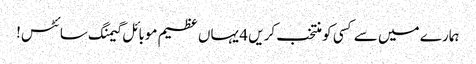
ہمارے میں سے کسی کو منتخب کریں 4 یہاں عظیم موبائل گیمنگ سائٹس!